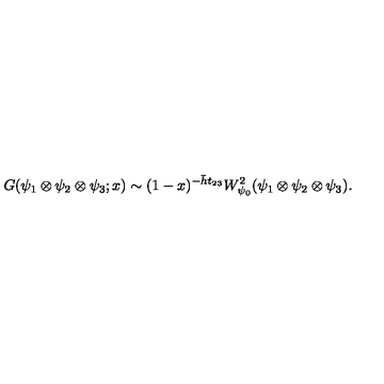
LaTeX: G ( \psi _ { 1 } \otimes \psi _ { 2 } \otimes \psi _ { 3 } ; x ) \sim ( 1 - x ) ^ { - \bar { h } t _ { 2 3 } } W _ { \psi _ { 0 } } ^ { 2 } ( \psi _ { 1 } \otimes \psi _ { 2 } \otimes \psi _ { 3 } ) .